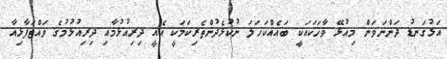
އަޅުގަނޑު ދަންނަވަން މިއުޅޭ ވާހަކައަކީ ބައެއްކަހަލަ ނުކުޅެދުންތެރިކަމަކީ އެއީ ދިރިއުޅުމާއި ދިރިއުޅުމުގެ ވައްޓަފާޅިއާ